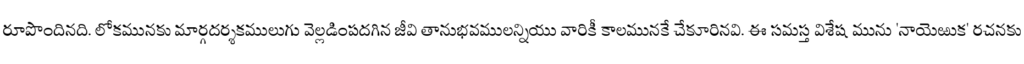
రూపొందినది. లోకమునకు మార్గదర్శకములుగు వెల్లడింపదగిన జీవి తానుభవములన్నియు వారికీ కాలమునకే చేకూరినవి. ఈ సమస్త విశేష మును 'నాయెఱుక' రచనకు